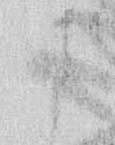
に